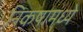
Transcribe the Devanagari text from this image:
निकषामध्ये